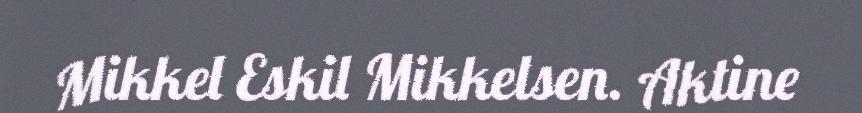
Mikkel Eskil Mikkelsen. Aktine